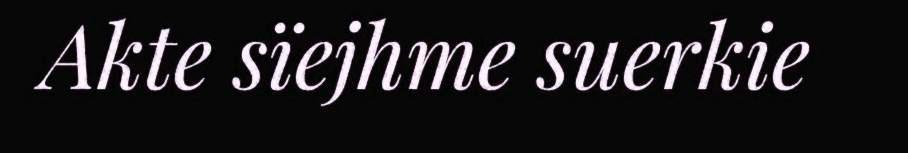
Akte sïejhme suerkie